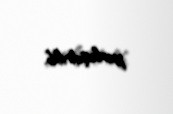
yerləşdirilib.